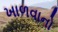
ખાળવાનો